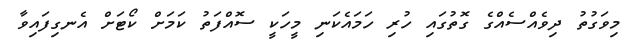
މިވަގުތު ދިވެއްސެއްގެ ގޮތުގައި ހުރި ހަމައެކަނި މީހަކީ ސޮއްފަތު ކަމަށް ކޯޓަށް އެނގިފައިވާ